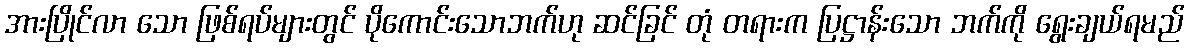
အားပြိုင်လာ သော ဖြစ်ရပ်များတွင် ပိုကောင်းသောဘက်ဟု ဆင်ခြင် တုံ တရားက ပြဋ္ဌာန်းသော ဘက်ကို ရွေးချယ်ရမည်